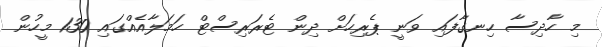
މި ހާދިސާ ހިނގާފައި ވަނީ ޕެރިހަށް ދިން ޓެރަރިސްޓް ހަމަލާއެއްގައި 130 މީހުން